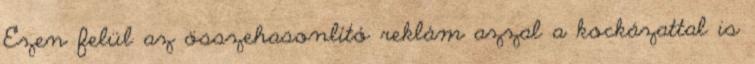
Ezen felül az összehasonlító reklám azzal a kockázattal is